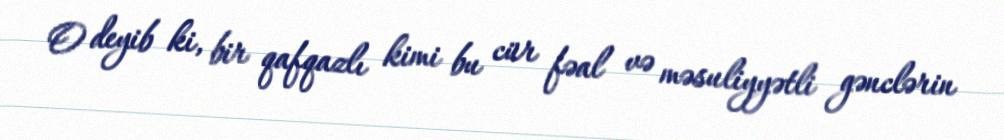
O deyib ki, bir qafqazlı kimi bu cür fəal və məsuliyyətli gənclərin